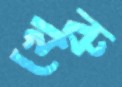
খেরু